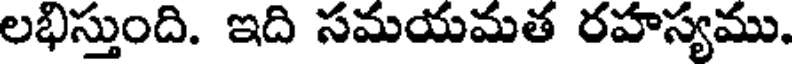
లభిస్తుంది. ఇది సమయమత రహస్యము.